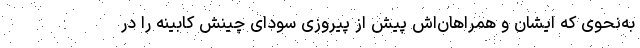
به‌نحوی که ایشان و همراهان‌اش پیش از پیروزی سودای چینش کابینه را در